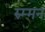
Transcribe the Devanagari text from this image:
रुम्मन